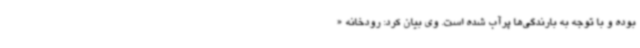
بوده و با توجه به بارندگی‌ها پرآب شده است. وی بیان کرد: رودخانه «